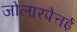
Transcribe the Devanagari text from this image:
जोलारपेत्तई